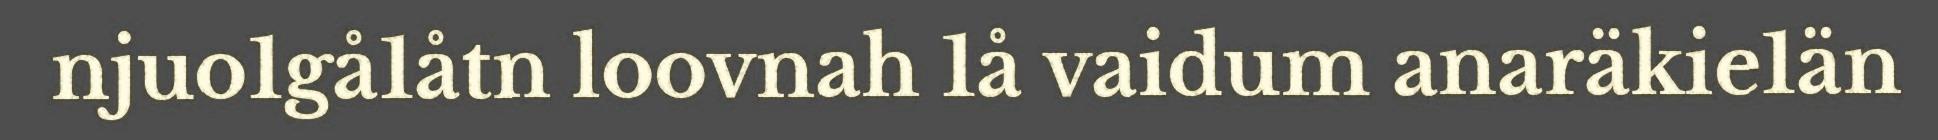
njuo1gå1åtn loovnah 1å vaidum anaräkie1än